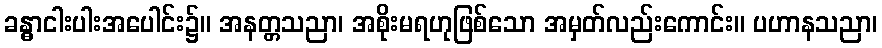
ခန္ဓာငါးပါးအပေါင်း၌။ အနတ္တသညာ၊ အစိုးမရဟုဖြစ်သော အမှတ်လည်းကောင်း။ ပဟာနသညာ၊